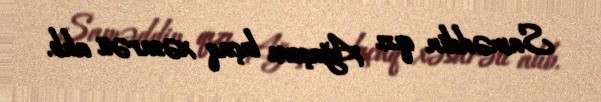
Saməddin qızı Ağaşova bıçaq xəsarəti alıb.